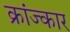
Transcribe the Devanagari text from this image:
क्रांज्कार